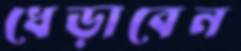
ধেড়াবেন